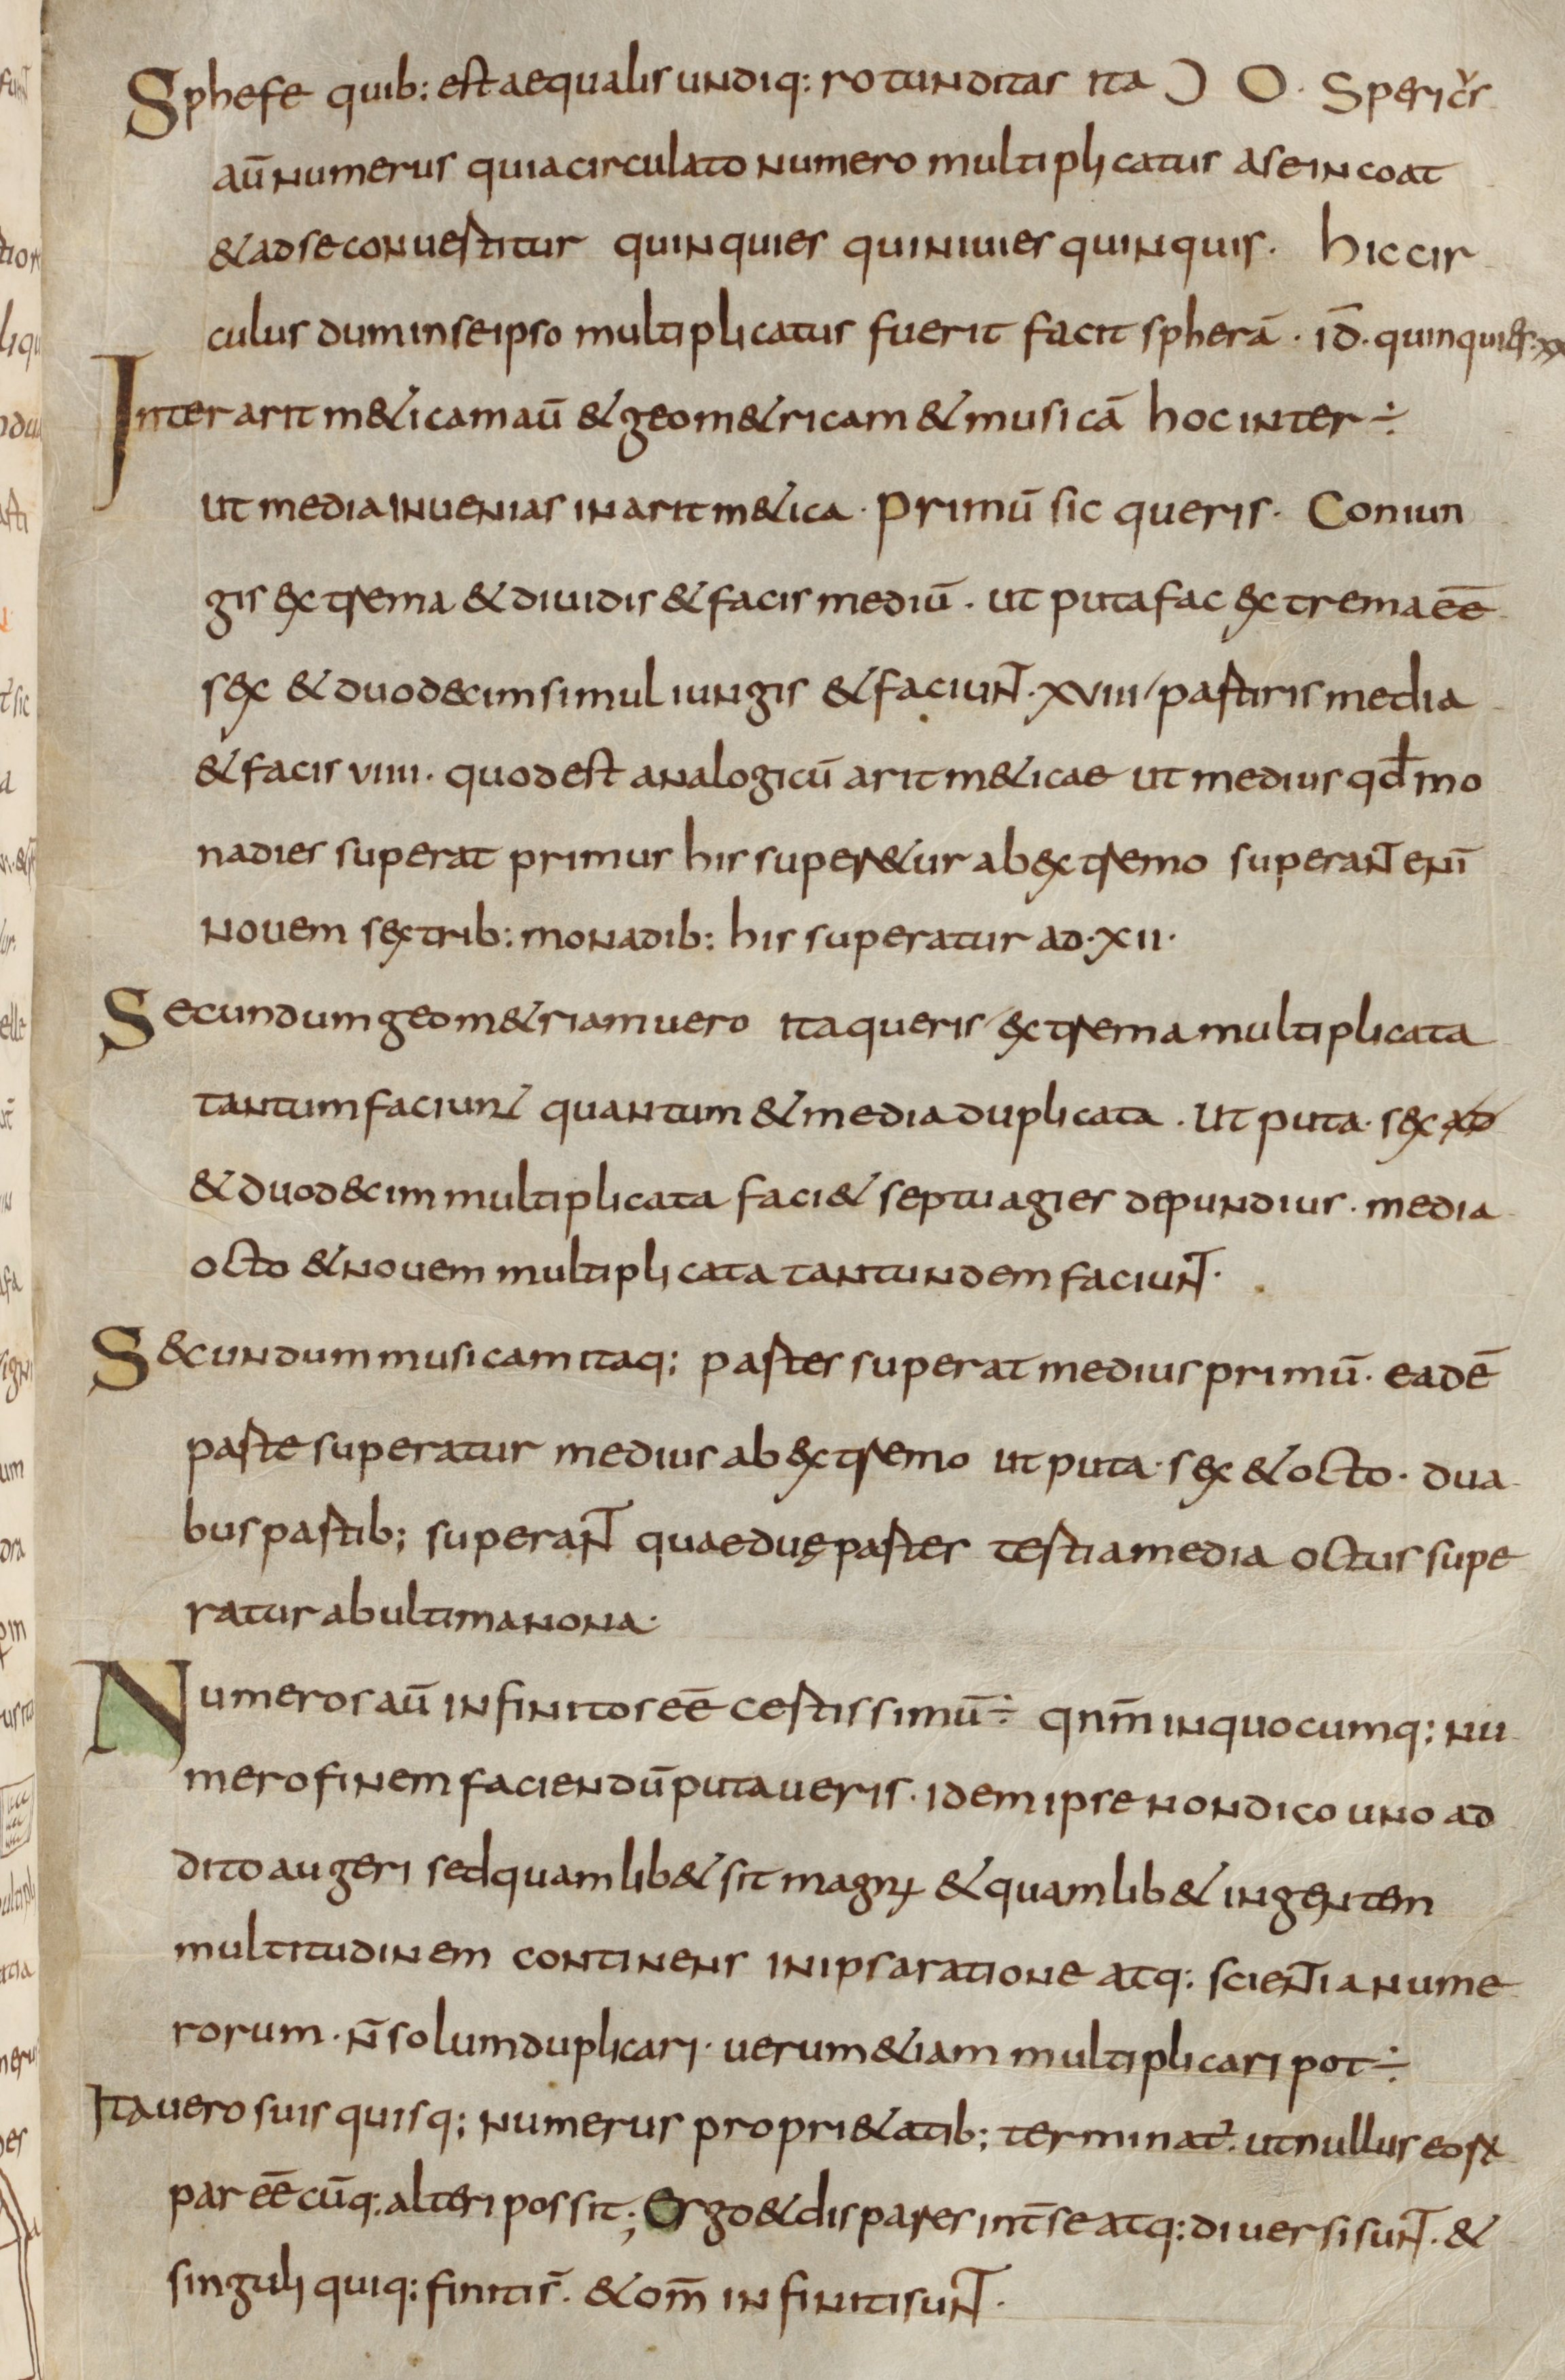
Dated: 800–824